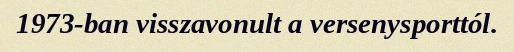
1973-ban visszavonult a versenysporttól.